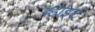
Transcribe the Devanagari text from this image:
व्हाइ़ट